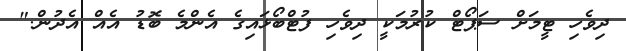
ދިވެހި ޓީމަށް ސަޕޯޓް ކުރުމަކީ ދިވެހި ފުޓްބޯޅައިގެ އެންމެ ބޮޑު އެއް އެދުން."